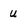
Character: U